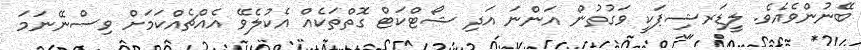
ބޭނުންވެއެވެ. ލީޑަރޝިޕަކީ ވަގުތުން އަންނަ އަދި ޝޯޓްކަޓް ގޮތްތަކެއް އެކުލެވޭ އެއްޗެއްކަމަށް ވިސްނޭނަމަ